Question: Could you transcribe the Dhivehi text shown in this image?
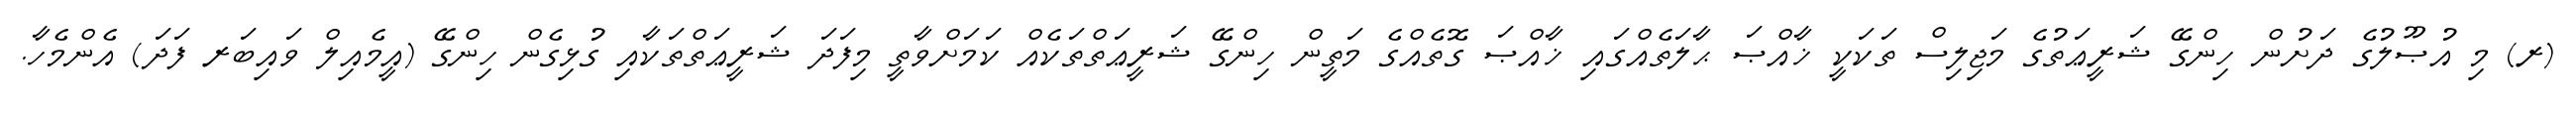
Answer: (ރ) މި އުޞޫލުގެ ދަށުން ހިންގޭ ޝަރީޢަތުގެ މަޖިލިސް ތަކަކީ ޚާއްޞަ ޙާލަތެއްގައި ޚާއްޞަ ގޮތެއްގެ މަތީން ހިންގޭ ޝަރީޢަތްތަކެއް ކަމަށްވާތީ މިފަދަ ޝަރީޢަތްތަކާއި ގުޅިގެން ހިންގޭ (އީމެއިލް ވައިބަރ ފަދަ) އެންމެހާ.